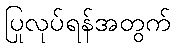
ပြုလုပ်ရန်အတွက်